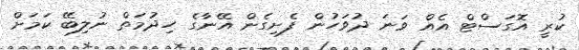
ކުރީ އޮގަސްޓް އެއް ވަނަ ދުވަހުން ފެށިގެން އޭނާގެ ހިދުމަތް ނުލިބޭ ކަމަށް